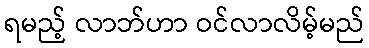
ရမည့် လာဘ်ဟာ ဝင်လာလိမ့်မည်